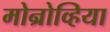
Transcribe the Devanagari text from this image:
मोन्रोव्हिया